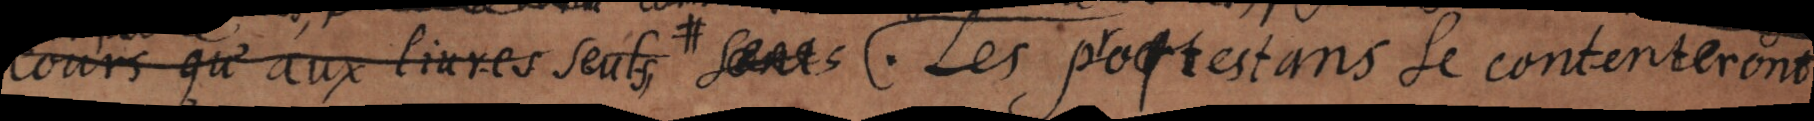
cours qu’aux livres seuls, # . Les protestans se contenteront